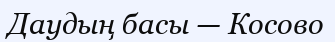
Даудың басы — Косово